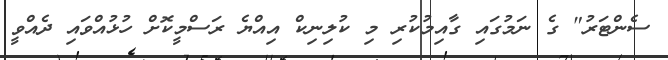
ސެންޓަރު" ގެ ނަމުގައި ގާއިމުކުރި މި ކުލިނިކް އިއްޔެ ރަސްމީކޮށް ހުޅުއްވައި ދެއްވީ